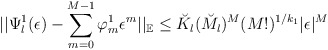
\begin{align*} || \Psi_{l}^{1}(\epsilon) - \sum_{m=0}^{M-1} \varphi_{m}^{1} \epsilon^{m} ||_{\mathbb{E}} \leq\breve{K}_{l}(\breve{M}_{l})^{M}(M!)^{1/k_{1}} |\epsilon|^{M} \end{align*}